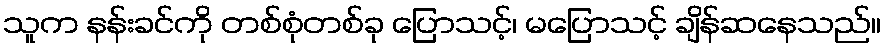
သူက နန်းခင်ကို တစ်စုံတစ်ခု ပြောသင့်၊ မပြောသင့် ချိန်ဆနေသည်။